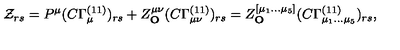
{ \cal { Z } } _ { r s } = P ^ { \mu } ( C \Gamma _ { \mu } ^ { ( 1 1 ) } ) _ { r s } + Z _ { \bf { O } } ^ { \mu \nu } ( C \Gamma _ { \mu \nu } ^ { ( 1 1 ) } ) _ { r s } = Z _ { \bf { O } } ^ { [ \mu _ { 1 } \ldots \mu _ { 5 } ] } ( C \Gamma _ { \mu _ { 1 } \ldots \mu _ { 5 } } ^ { ( 1 1 ) } ) _ { r s } ,